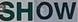
SHOW